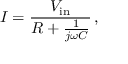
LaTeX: I = { \frac { V _ { \mathrm { i n } } } { R + { \frac { 1 } { j \omega C } } } } \, ,